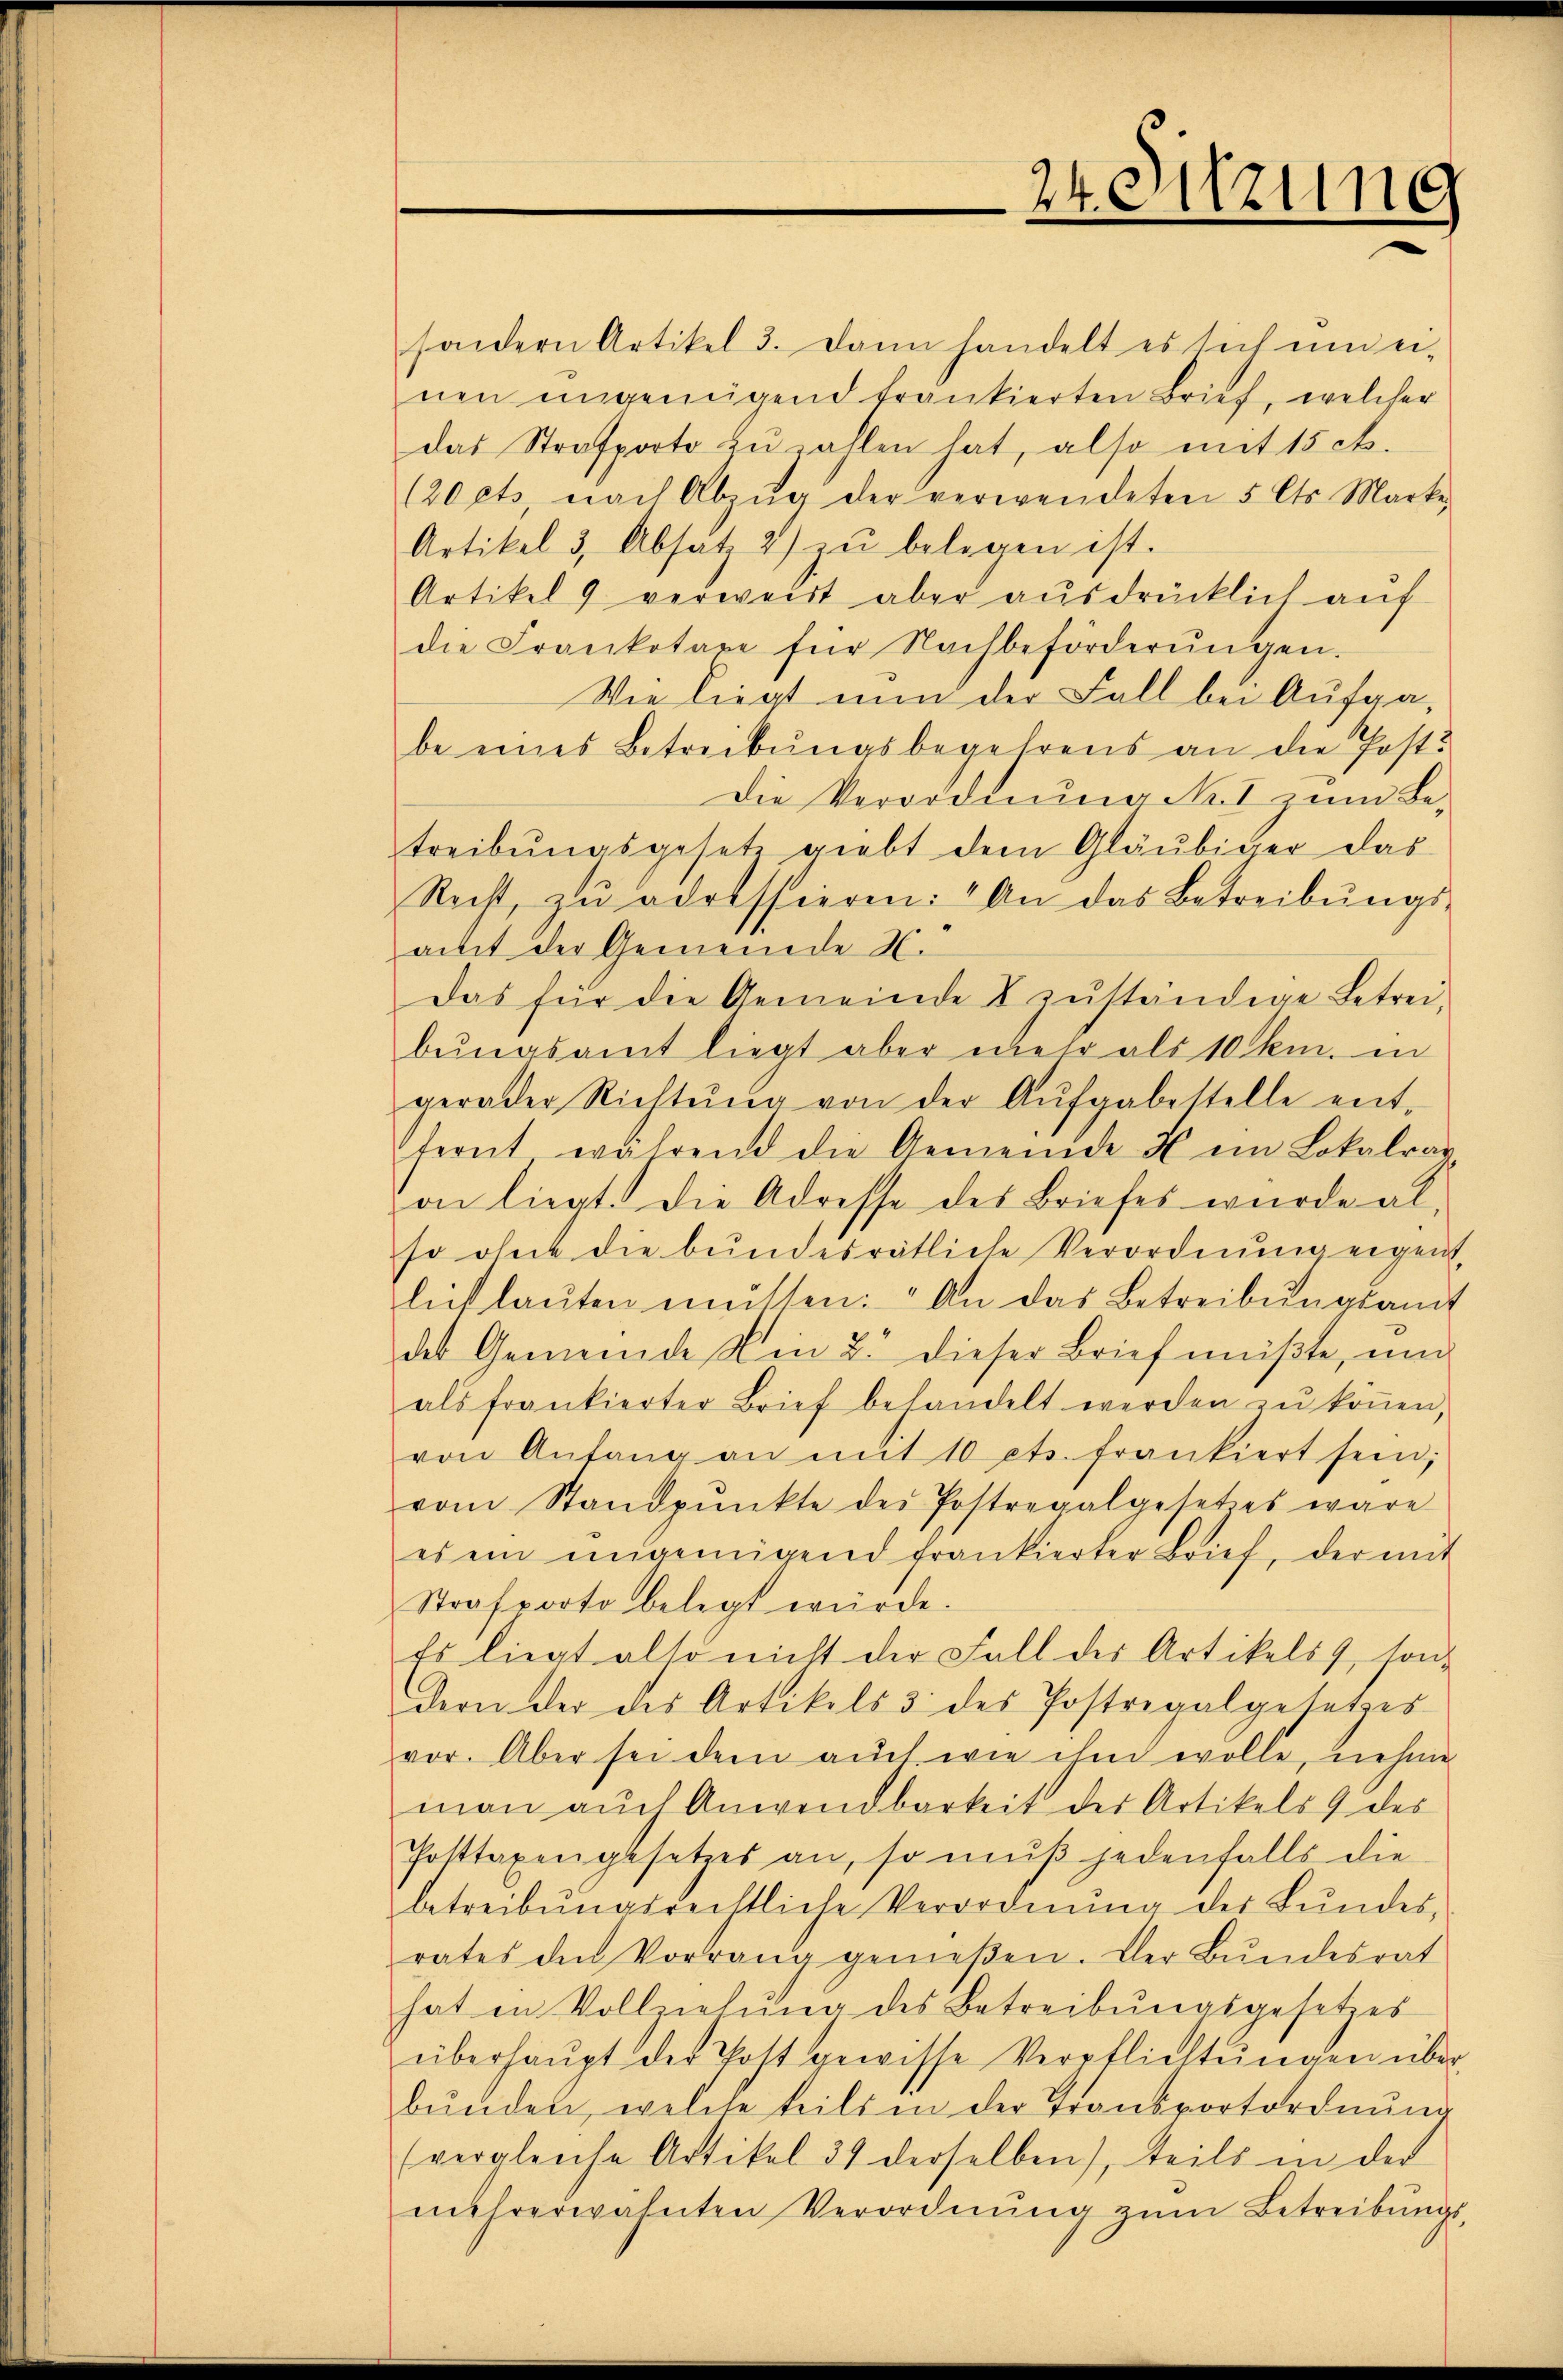
sondern Artikel 3. Dann handelt es sich um ei-
nen ungenügend trankierten Brief, welcher
das Strafporto zu zahlen hat, also mit 15 ck.
(20 cts. nach Abzŭg der verwendeten 5 Cts. Marke
Artikel 3, Absatz 2) zŭ belegen ist.
Artikel 9 verweist aber ausdrücklich auf
die Frankotaxe für Nachbeförderŭngen.
Wie liegt nun der Fall bei Aufga-
be eines Betreibungsbegehrens an die Post
Die Verordnung No I zum Be-
treibŭngsgesetz giebt dem Gläubiger das
Recht, zŭ adressieren: An das Betreibŭngs-
amt der Gemeinde H.
Das für die Gemeinde I zŭständige Betreibŭngsamt liegt aber mehr als 10 Cm. in
gerader Richtŭng von der Aufgabestelle ent-
fernt während die Gemeinde X ein Lokalrat
on liegt. Die Adresse des Briefes wurde al-
so ohne die bundesrätliche Verordnung eigent,
lich laŭten müssen. An das Betreibŭngsamt
des Gemeinde Ein 2. dieser Brief müßte, und
als frankierter Brief behandelt werden zŭ köṅen,
von Anfang an mit 10 cts. frankiert sein;
vom Standpŭnkte der Postregalgesetzes wäre
es ein ungenügend frankierter Brief, der mit
Strafporto belegt würde.
Es liegt also nicht der Fall des Artikels, sond
dern der des Artikels 3 des Postregalgesetzes
vor. Aber sei dem auch wie ihm wolle, nehme
man auch Anwendbarkeit der Artikels 9 des
Posttaxengesetzes an, so mŭβ jedenfalls die
betreibŭngsrechtliche Verordnŭng der Bŭndes,
rates den Vorrang genießen. Der Bŭndesrat
hat in Vollziehŭng des Betreibŭngsgesetzes
überhaŭpt der Post gewisse Verpflichtŭngen über
bŭnden, welche teils in der Transportordnŭng
(vergleiche Artikel 34 derselben), teils in der
mehrerwähnten Verordnŭng zŭm Betreibŭngs-

24. Sitzung